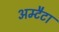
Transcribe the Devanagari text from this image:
अम्टैटा